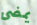
يمضى